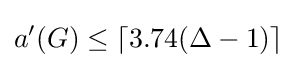
a'(G)\leq \lceil 3.74(\Delta -1)\rceil